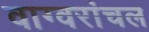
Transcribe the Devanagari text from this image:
वाग्वरांचल